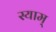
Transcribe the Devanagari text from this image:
स्याम्